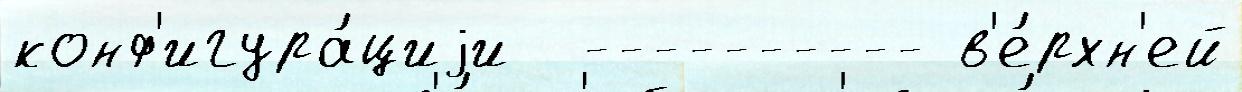
конф'игура́циjи  ---------- в'е́рхн'ей